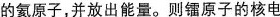
的氦原子，并放出能量。则镭原子的核电